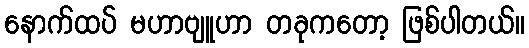
နောက်ထပ် မဟာဗျူဟာ တခုကတော့ ဖြစ်ပါတယ်။